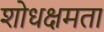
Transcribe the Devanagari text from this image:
शोधक्षमता